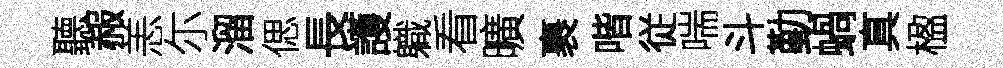
聽赧恙尓溜偲長護軄看曠裹喈従喘斗勤蝸真楹